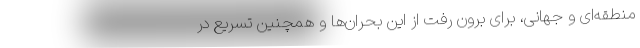
منطقه‌ای و جهانی، برای برون رفت از این بحران‌ها و همچنین تسریع در